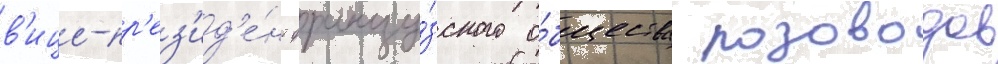
в'ице-пр'ез'ид'е́нт францу́зского о́бщества розоводов